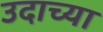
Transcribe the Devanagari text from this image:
उदाच्या